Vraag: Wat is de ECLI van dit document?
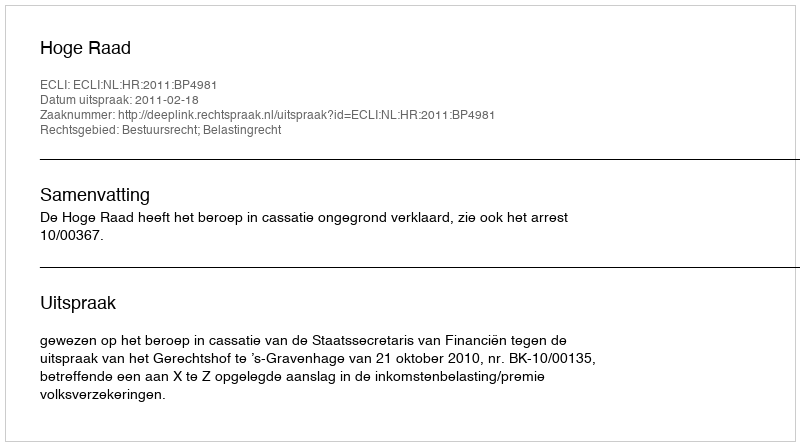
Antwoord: ECLI:NL:HR:2011:BP4981